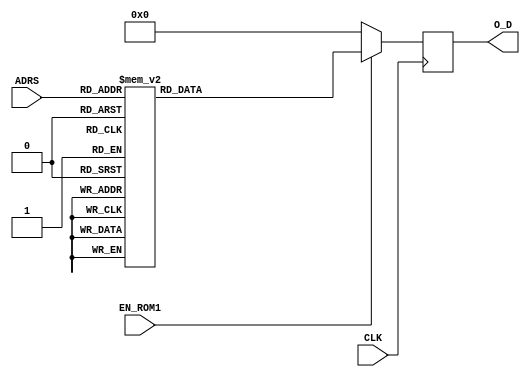
`timescale 1ns / 1ps
//////////////////////////////////////////////////////////////////////////////////
// Company: 
// Engineer: 
// 
// Design Name: 
// Module Name: LUT_Z
// Project Name: 
// Target Devices: 
// Tool Versions: 
// Description: 
// 
// Dependencies: 
// 
// Revision:
// Revision 0.01 - File Created
// Additional Comments:
// 
//////////////////////////////////////////////////////////////////////////////////


module LUT_Z#(parameter P = 32, parameter D = 5) ( 

input wire CLK, 
input wire EN_ROM1,
input wire [D-1:0] ADRS,
output reg [P-1:0] O_D
);
   
always @(posedge CLK)
      if (EN_ROM1)
         case (ADRS)
            5'b00000: O_D <= 32'b10111111100011001001111101010100;
            5'b00001: O_D <= 32'b10111111000000101100010101111000;
            5'b00010: O_D <= 32'b10111110100000001010110001001001;
            5'b00011: O_D <= 32'b10111110000000000010101011000100;
            5'b00100: O_D <= 32'b10111110000000000010101011000100;
            5'b00101: O_D <= 32'b10111101100000000000101010101100;
            5'b00110: O_D <= 32'b10111101000000000000001010101011;
            5'b00111: O_D <= 32'b10111100100000000000000010101011;
            5'b01000: O_D <= 32'b10111100000000000000000000101011;
            5'b01001: O_D <= 32'b10111011010111100011010101000010;
            5'b01010: O_D <= 32'b10111011000000000000000000000011;
            5'b01011: O_D <= 32'b10111010100000000000000000000001;
            5'b01100: O_D <= 32'b10111010000000000000000000000000;
            5'b01101: O_D <= 32'b10111001100000000000000000000000;
            5'b01110: O_D <= 32'b10111001100000000000000000000000;
            5'b01111: O_D <= 32'b10111001000000000000000000000000;
            5'b10000: O_D <= 32'b10111000100000000000000000000000;
            5'b10001: O_D <= 32'b10111000000000000000000000000000;
            5'b10010: O_D <= 32'b10110111100000000000000000000000;
            5'b10011: O_D <= 32'b10110111000000000000000000000000;
            5'b10100: O_D <= 32'b10110110100000000000000000000000;
            5'b10101: O_D <= 32'b10110110000000000000000000000000;
            5'b10110: O_D <= 32'b10110101100000000000000000000000;
            5'b10111: O_D <= 32'b10110101000000000000000000000000;
            5'b11000: O_D <= 32'b10110100100000000000000000000000;
            5'b11001: O_D <= 32'b10110100000000000000000000000000;
            5'b11010: O_D <= 32'b10110011100000000000000000000000;
            5'b11011: O_D <= 32'b10110011000000000000000000000000;
            5'b11100: O_D <= 32'b10110010100000000000000000000000;
            5'b11101: O_D <= 32'b10110010000000000000000000000000;
            5'b11110: O_D <= 32'b10110001100000000000000000000000;
            5'b11111: O_D <= 32'b10110001000000000000000000000000;
            default:  O_D <= 32'b00000000000000000000000000000000;
         endcase	 
         
        else
            O_D <= 32'b00000000000000000000000000000000;
         
endmodule